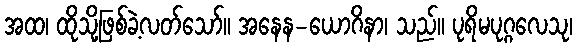
အထ၊ ထိုသို့ဖြစ်ခဲ့လတ်သော်။ အနေန-ယောဂိနာ၊ သည်။ ပုရိမပုဂ္ဂလေသု၊